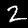
Label: 2